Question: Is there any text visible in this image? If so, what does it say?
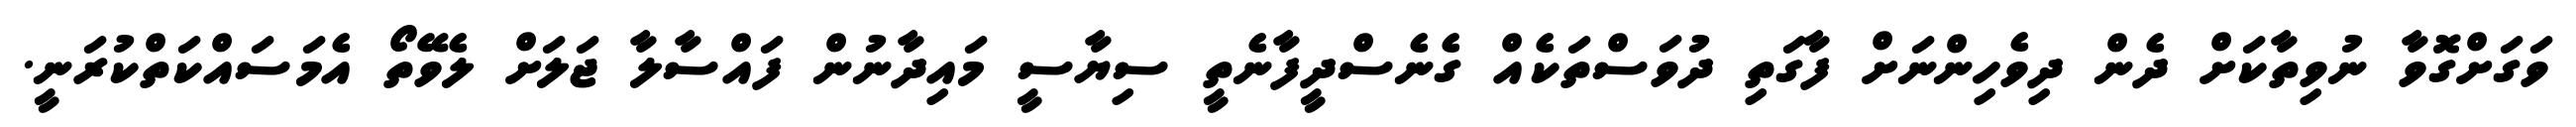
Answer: ވަގަށްގޮވާ ނުވިތާކަށް ދެން ދިވެހިންނަށް ފާގަތި ދުވަސްތަކެއް ގެނެސްދީފާނެތީ ސިޔާސީ މައިދާނުން ފައްސާލާ ޖަލަށް ލެވޭތޯ އެމަސައްކަތްކުރަނީ.